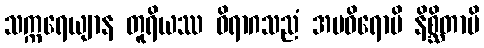
သက္ကရေယျာန တူရိယဿ ဝိရာဂသညံ အဗဓိရောပိ နိစ္ဆိတာပိ